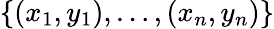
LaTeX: \left\{ (x_{1},y_{1}),\ldots,(x_{n},y_{n})\right\}